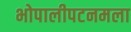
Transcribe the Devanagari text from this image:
भोपालीपटनमला